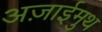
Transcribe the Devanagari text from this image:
अज़ाईमुथ